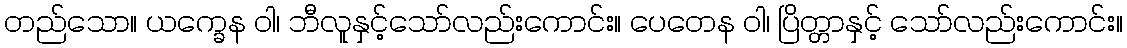
တည်သော။ ယက္ခေန ဝါ၊ ဘီလူနှင့်သော်လည်းကောင်း။ ပေတေန ဝါ၊ ပြိတ္တာနှင့် သော်လည်းကောင်း။